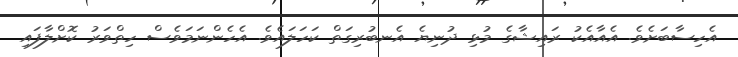
އެހިސާބަށެވެ. އެއާއެކު ރައިޝާގެ މުޅި ދުނިޔެ އެނބުރިގަތް ކަހަލައެވެ. އެހެންނަމަވެސް ހިތްވަރު ކޮށްލާފައި